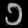
Digit: ၁